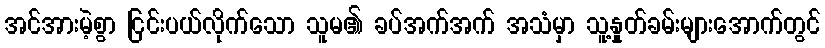
အင်အားမဲ့စွာ ငြင်းပယ်လိုက်သော သူမ၏ ခပ်အက်အက် အသံမှာ သူ့နှုတ်ခမ်းများအောက်တွင်